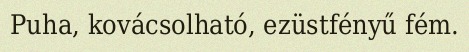
Puha, kovácsolható, ezüstfényű fém.